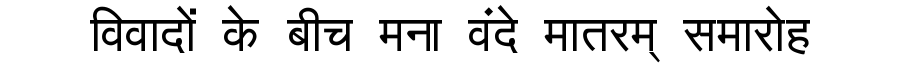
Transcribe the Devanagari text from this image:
विवादों के बीच मना वंदे मातरम् समारोह